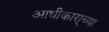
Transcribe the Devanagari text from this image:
आधीकारा्च्या